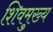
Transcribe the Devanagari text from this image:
शिवमुख्य